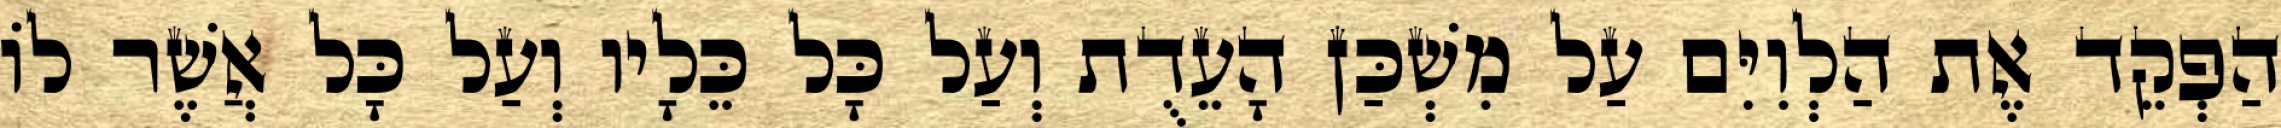
הַפְקֵד אֶת הַלְוִיִּם עַל מִשְׁכַּן הָעֵדֻת וְעַל כָּל כֵּלָיו וְעַל כָּל אֲשֶׁר לוֹ